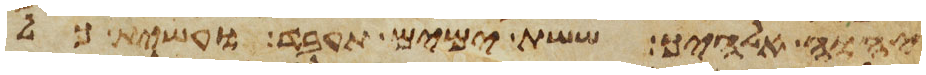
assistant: יהוה אלהיך ששת ימים תעבד ועשית כל